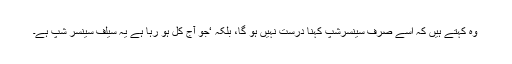
وہ کہتے ہیں کہ اسے صرف سینسرشپ کہنا درست نہیں ہو گا، بلکہ ‘جو آج کل ہو رہا ہے یہ سیلف سینسر شپ ہے۔